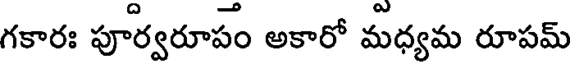
గకారః పూర్వరూపం అకారో మధ్యమ రూపమ్